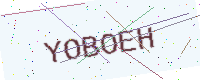
Text: YOBOEH